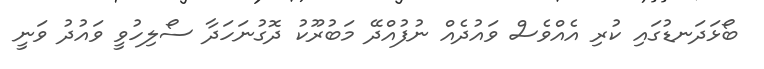
ބޯޅަދަނޑުގައި ކުރި އެއްވެސް ވައުދެއް ނުފުއްދޭ މަބުރޫކު ދޮގުނަހަދާ ސޯލިހުވީ ވައުދު ވަނީ